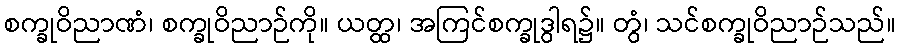
စက္ခုဝိညာဏံ၊ စက္ခုဝိညာဉ်ကို။ ယတ္ထ၊ အကြင်စက္ခုဒွါရ၌။ တွံ၊ သင်စက္ခုဝိညာဉ်သည်။